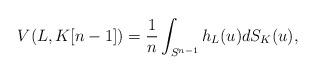
LaTeX: \begin{align*}V(L, K[n-1])=\frac{1}{n}\int_{S^{n-1}} h_L(u) dS_K(u),\end{align*}